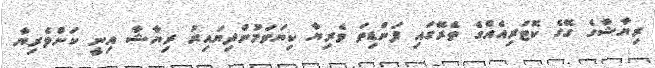
ރިޔާޝާގެ ގޭގެ ކޮޓަރިއެއްގެ ތެރޭގައި ފަންޑިތަ ވެރިޔާ ކިޔަވަމުންދިޔައިރު ރިޔާޝާ އިނީ ކަންވެރިޔާ